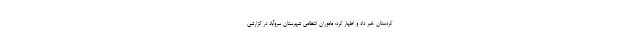
کردستان خبر داد و اظهار کرد: ماموران انتظامی شهرستان سروآباد در گزارشی